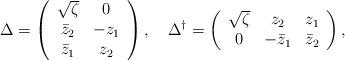
LaTeX: \begin{align*}\Delta=\left(\begin{array}{cc} \sqrt{\zeta}& 0 \\ \bar z_2 & -z_1\\ \bar z_1 & z_2 \end{array}\right),\quad\Delta^\dagger=\left(\begin{array}{ccc} \sqrt{\zeta}& z_2 &z_1\\ 0 & -\bar z_1 & \bar z_2 \end{array}\right),\end{align*}